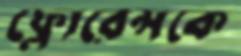
ফ্লোরেন্সকে